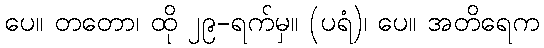
ပေ။ တတော၊ ထို ၂၉-ရက်မှ။ (ပရံ)၊ ပေ။ အတိရေက